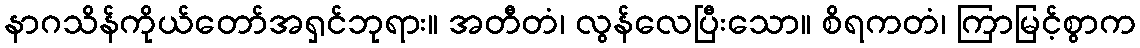
နာဂသိန်ကိုယ်တော်အရှင်ဘုရား။ အတီတံ၊ လွန်လေပြီးသော။ စိရကတံ၊ ကြာမြင့်စွာက